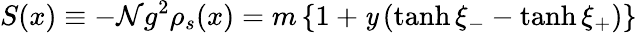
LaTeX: S(x)\equiv-\mathcal{N}g^{2}\rho_{s}(x)=m\left\{ 1+\mathit{y}\left(\operatorname{tanh}\xi_{-}-\operatorname{tanh}\xi_{+}\right)\right\}